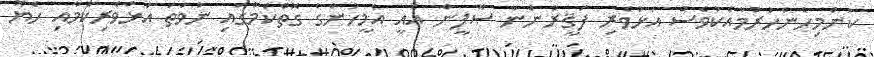
ކަންމިހެންހުރުމާއެކުވެސް އަޅުވެރި ފަޤީރުންނާ ޞޫފީން އެއީ އެމީހުންގެ ގޮތްކަމުގައި ނުވަތަ އަޅުވެރިކަމާއި ހެޔޮ